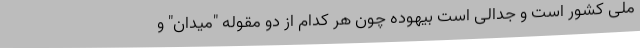
ملی کشور است و جدالی است بیهوده چون هر کدام از دو مقوله "میدان" و